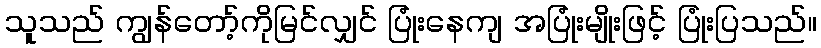
သူသည် ကျွန်တော့်ကိုမြင်လျှင် ပြုံးနေကျ အပြုံးမျိုးဖြင့် ပြုံးပြသည်။